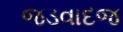
જડવાદજ